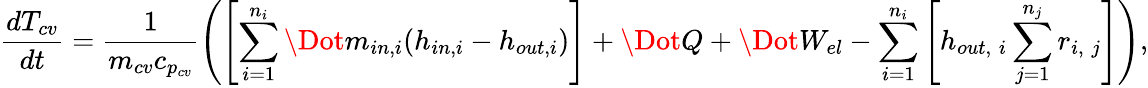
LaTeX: \frac{dT_{cv}}{dt}=\frac{1}{m_{cv}c_{p_{cv}}}\left(\left[\sum_{i=1}^{n_{i}}\Dot{m}_{in,i}(h_{in,i}-h_{out,i})\right]+\Dot{Q}+\Dot{W}_{el}-\sum_{i=1}^{n_{i}}\left[h_{out,\; i}\sum_{j=1}^{n_{j}}r_{i,\; j}\right]\right),